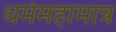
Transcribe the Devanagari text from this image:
धर्ममहामात्र